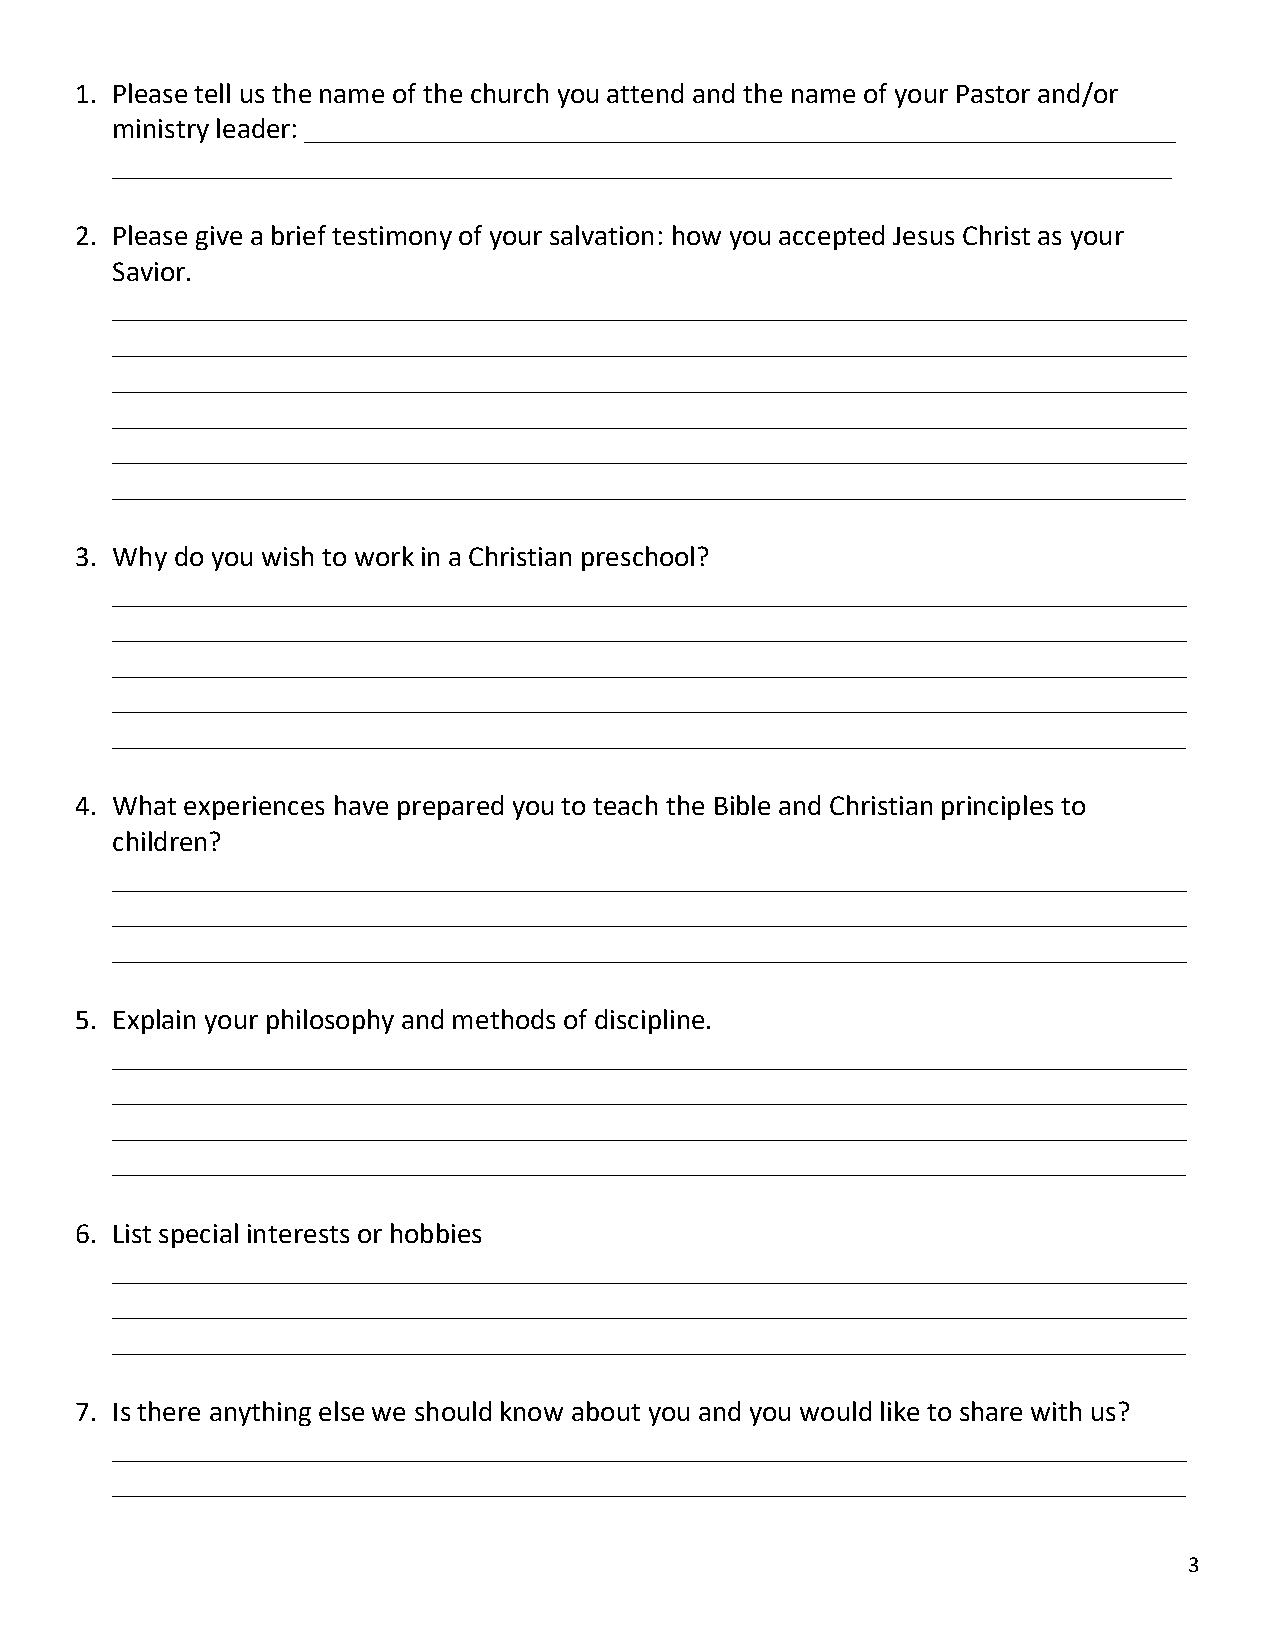
1. Please tell us the name of the church you attend and the name of your Pastor and/or
 ministry leader: ____________________________________________________________
 _________________________________________________________________________
 2. Please give a brief testimony of your salvation: how you accepted Jesus Christ as your
 Savior.
 __________________________________________________________________________
 __________________________________________________________________________
 __________________________________________________________________________
 __________________________________________________________________________
 __________________________________________________________________________
 __________________________________________________________________________
 3. Why do you wish to work in a Christian preschool?
 __________________________________________________________________________
 __________________________________________________________________________
 __________________________________________________________________________
 __________________________________________________________________________
 __________________________________________________________________________
 4. What experiences have prepared you to teach the Bible and Christian principles to
 children?
 __________________________________________________________________________
 __________________________________________________________________________
 __________________________________________________________________________
 5. Explain your philosophy and methods of discipline.
 __________________________________________________________________________
 __________________________________________________________________________
 __________________________________________________________________________
 __________________________________________________________________________
 6. List special interests or hobbies
 __________________________________________________________________________
 __________________________________________________________________________
 __________________________________________________________________________
 7. Is there anything else we should know about you and you would like to share with us?
 __________________________________________________________________________
 __________________________________________________________________________
 3